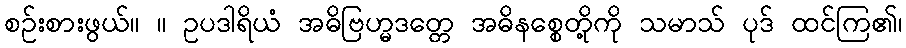
စဉ်းစားဖွယ်။ ။ ဥပဒါရိယံ အဓိဗြဟ္မဒတ္တေ အဓိနစ္စေတို့ကို သမာသ် ပုဒ် ထင်ကြ၏၊